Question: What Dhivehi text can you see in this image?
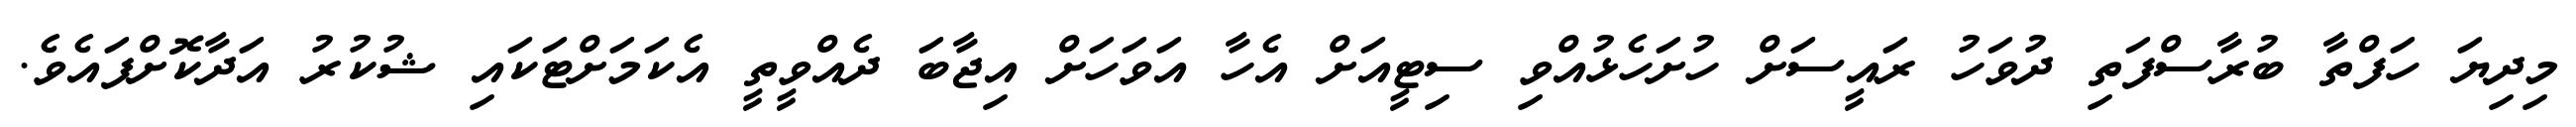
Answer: މިދިޔަ ހަފްތާ ބުރާސްފަތި ދުވަހު ރައީސަށް ހުށަހެޅުއްވި ސިޓީއަށް އެހާ އަވަހަށް އިޖާބަ ދެއްވީތީ އެކަމަށްޓަކައި ޝުކުރު އަދާކޮށްފައެވެ.